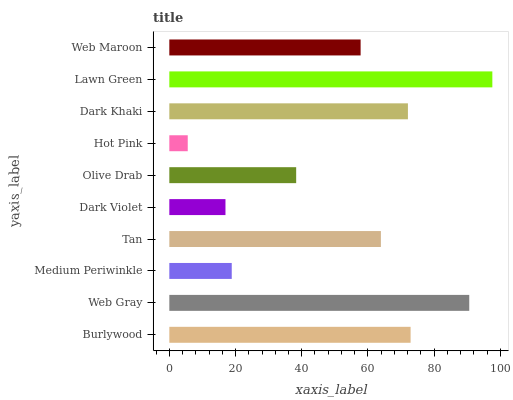
| yaxis_label | bars |
 | --- | --- |
 | Burlywood | 72.9 |
 | Web Gray | 90.6 |
 | Medium Periwinkle | 18.9 |
 | Tan | 63.9 |
 | Dark Violet | 17 |
 | Olive Drab | 38.3 |
 | Hot Pink | 5.57 |
 | Dark Khaki | 72.1 |
 | Lawn Green | 97.6 |
 | Web Maroon | 57.8 |